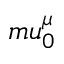
m u _ { 0 } ^ { \mu }